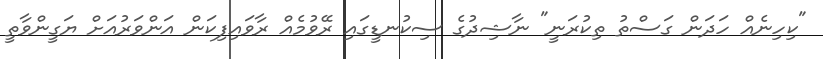
"ކިހިނެއް ހަދަން ގަސްތު ތިކުރަނީ" ނާޝިދުގެ ސިކުނޑީގައި ރޭވުމެއް ރާވައިފިކަން އަންވަރުއަށް ޔަގީންވާތީ